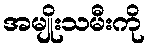
အမျိုးသမီးကို